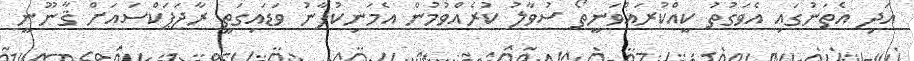
އަދި އެތަނުގައި އެވަގުތު ކީއްކުރައްވަނީތޯ ސުވާލު ކުރެއްވުމުން އެމަނިކުފާނު ވަޑައިގަތީ ރާޖަޕަކްސައަށް ޤާނޫނީ